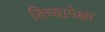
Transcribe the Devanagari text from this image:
तिच्यापेक्षा